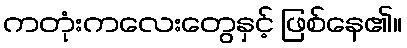
ကတုံးကလေးတွေနှင့် ဖြစ်နေ၏။